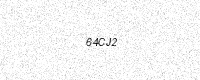
Text: 64CJ2